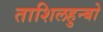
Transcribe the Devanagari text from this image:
ताशिलहुन्बो